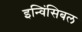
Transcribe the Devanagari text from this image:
इन्विंसिबल